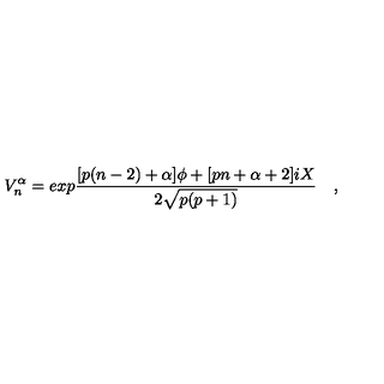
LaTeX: V _ { n } ^ { \alpha } = e x p { \frac { [ p ( n - 2 ) + \alpha ] \phi + [ p n + \alpha + 2 ] i X } { 2 \sqrt { p ( p + 1 ) } } } \quad ,